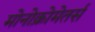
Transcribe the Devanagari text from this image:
मोनोक्रोमेतर्स